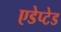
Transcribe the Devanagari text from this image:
एडेप्टेड